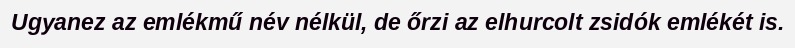
Ugyanez az emlékmű név nélkül, de őrzi az elhurcolt zsidók emlékét is.